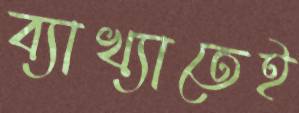
ব্যাখ্যাতেই